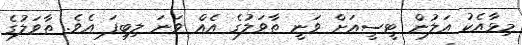
މިޅާއެކު އަލުން ޓީސީއަށް ވަނީ ތާވަލުގެ އެއް ވަނަ ލިބިފަ އެވެ. ތާވަލުގެ